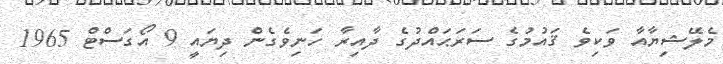
މެލޭޝިޔާއާ ވަކިވެ ޤައުމުގެ ސަރަޙައްދުގެ ދާއިރާ ހަނިވެގެން ދިޔައީ 9 އޯގަސްޓް 1965